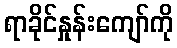
ရာခိုင်နှုန်းကျော်ကို